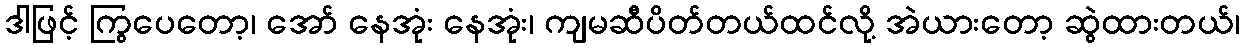
ဒါဖြင့် ကြွပေတော့၊ အော် နေအုံး နေအုံး၊ ကျမဆီပိတ်တယ်ထင်လို့ အဲယားတော့ ဆွဲထားတယ်၊